Leningradi_Edasi_toimetus, lk 24
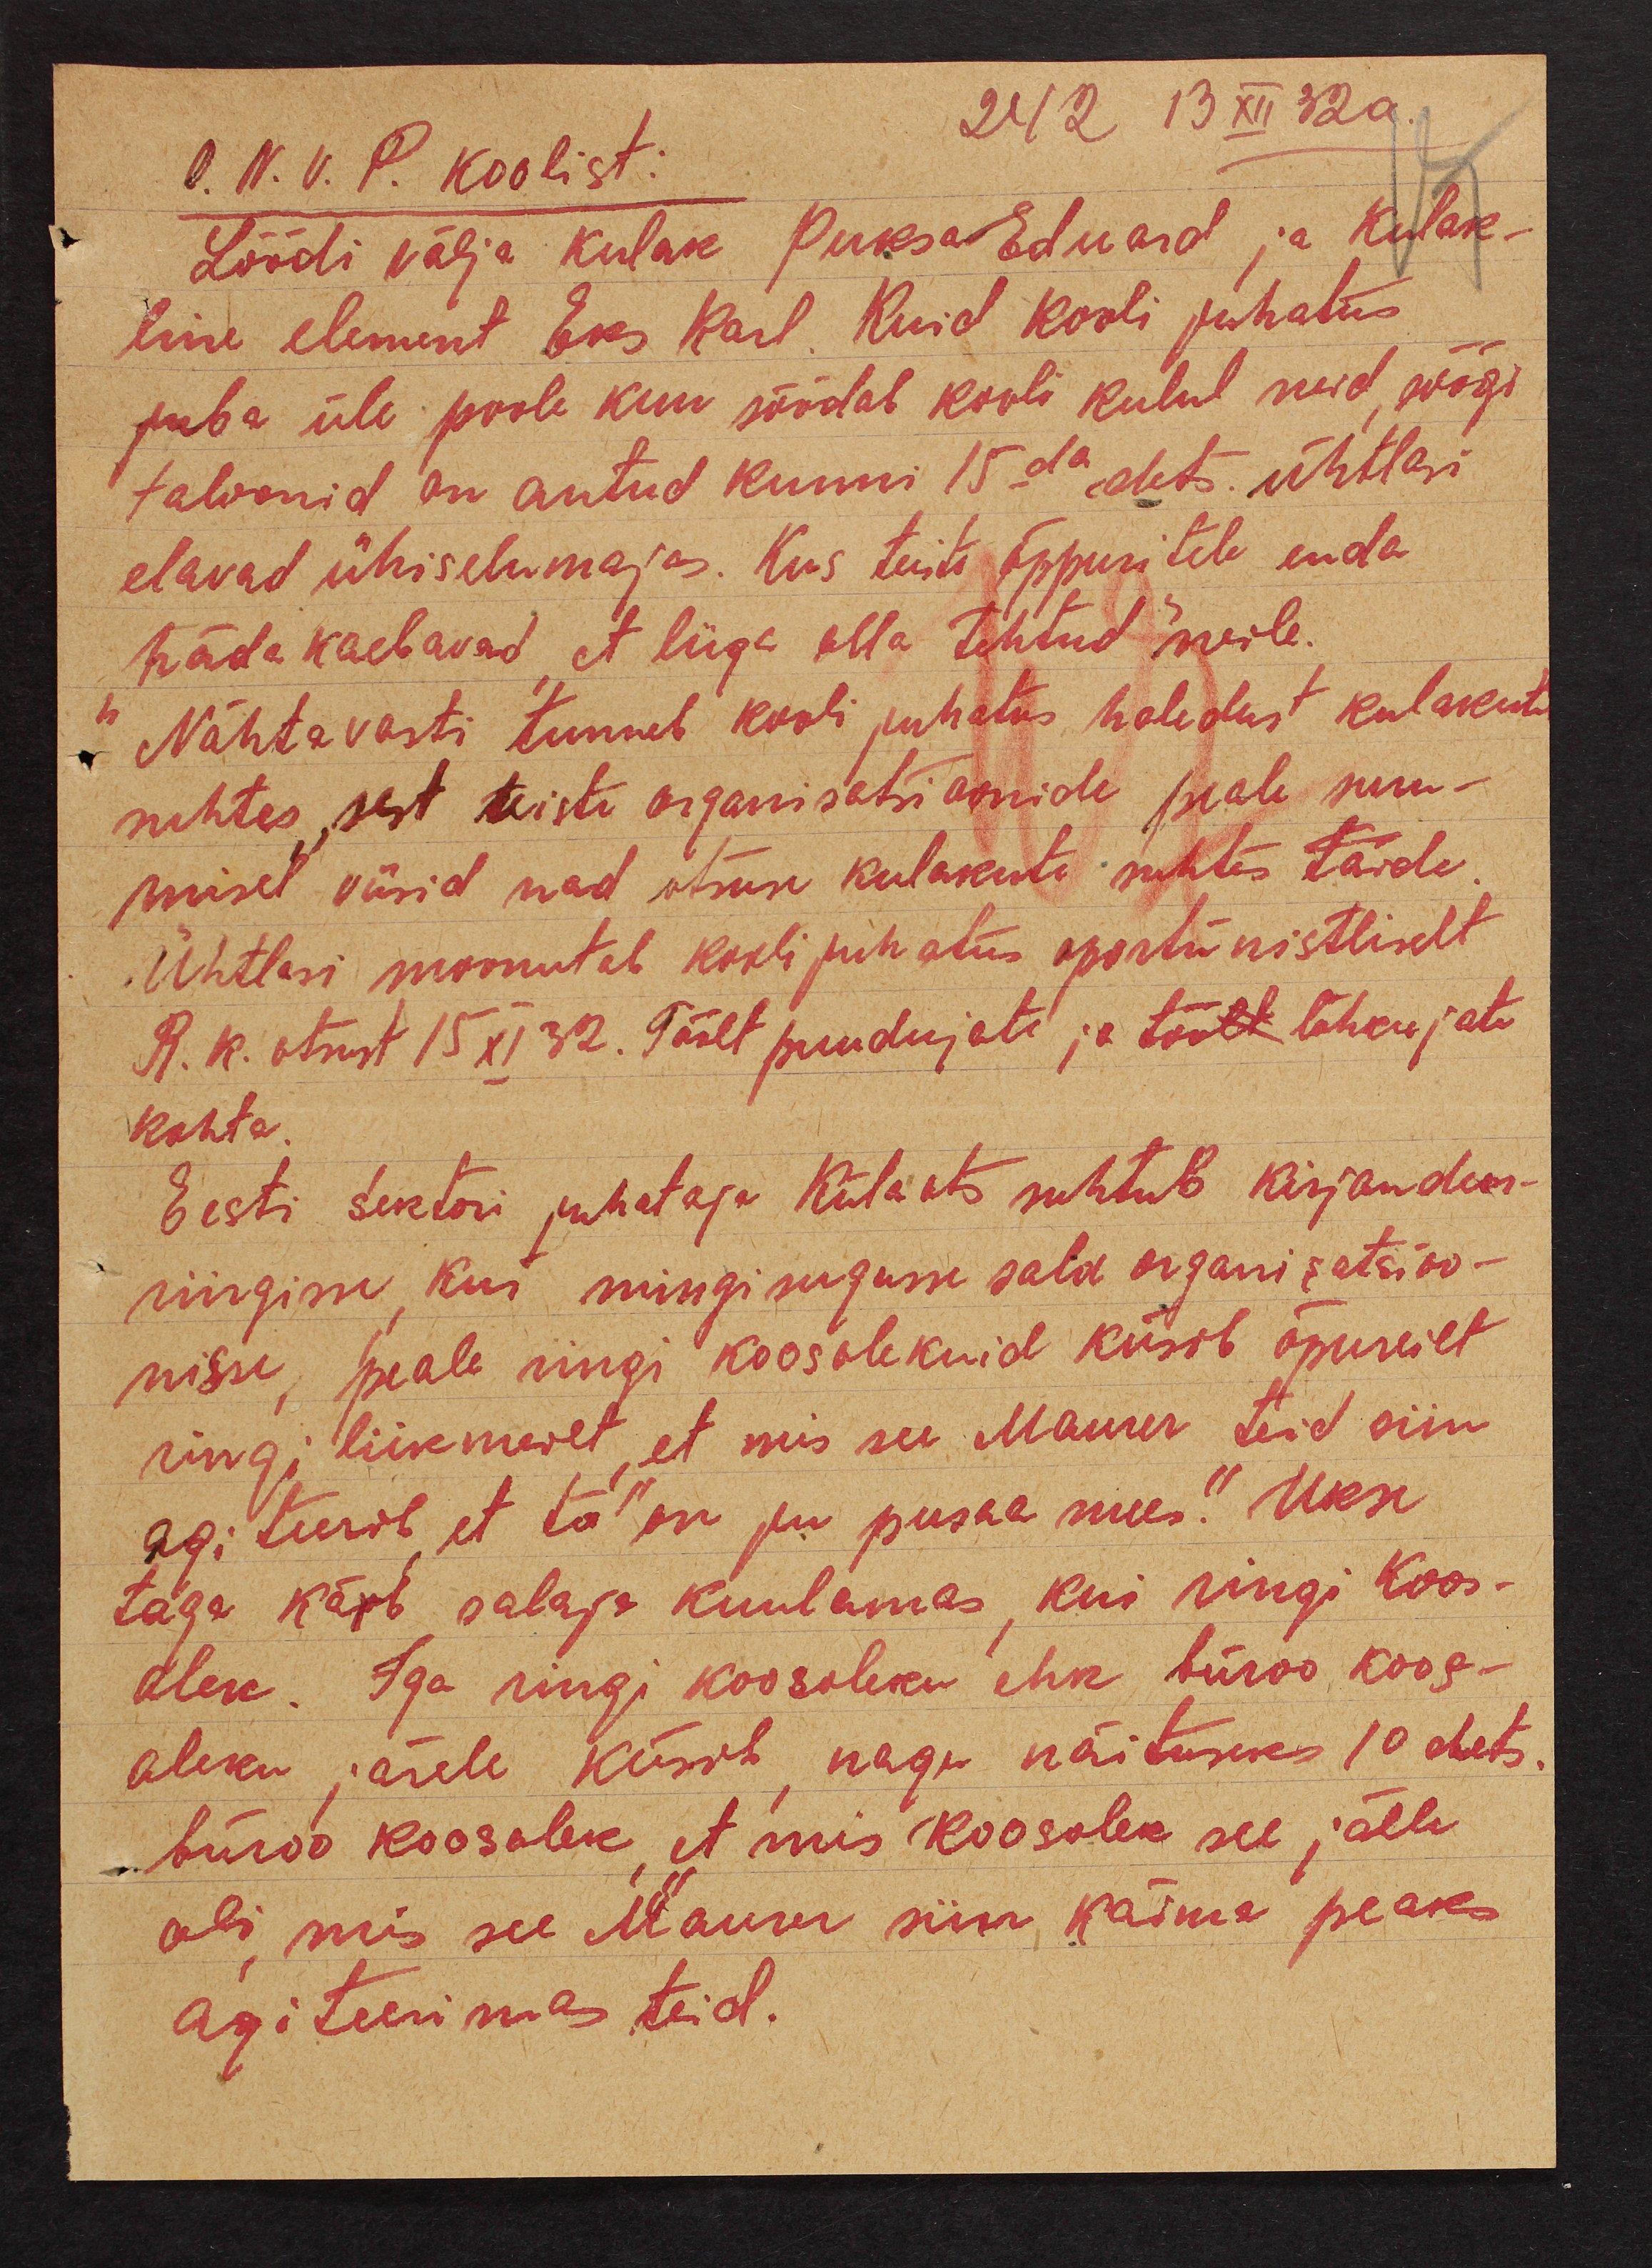
242 13 XII 32a
O. N. V. P. koolist:
Löödi välja kulak Puksa Eduard ja kulak-
line element Eks Karl. Kuid kooli juhatus
juba üle poole kuu söödab kooli kulul neid, söögi
taloonid on antud kunni 15da dets. ühtlasi
elavad ühiselumajas. Kus teiste õppuritele enda
"häda kaebavad, et liiga olla tehtud" neile.
Nähtavasti tunneb kooli juhatas haledust kulakute
suhtes, sest teiste organisatsioonide peale suru-
misel viisid nad otsuse kulakute suhtes täide.
Ühtlasi moonutab kooli juhatus oportunistliselt
R. K. otsust 15 XI 32. Töölt puudujate ja töölt lahkujate
kohta.
Eesti sektori juhataja Külaots suhtub kirjandus-
ringisse, kui mingisugusse salaorganisatsioo-
nisse, peale ringi koosolekuid küsib õpureilt
ringi liikmeilt, "et mis see Maurer teid siin
agiteerib, et ta on ju pusaa mees." Ukse
taga käib salaja kuulamas, kui ringi koos-
olek. Iga ringi koosoleku ehk büroo koos-
oleku järele küsib, nagu näituseks 10 dets.
büroo koosolek, et mis koosolek see jälle
oli, mis see Maurer siin käima peaks
agiteerimas teid.